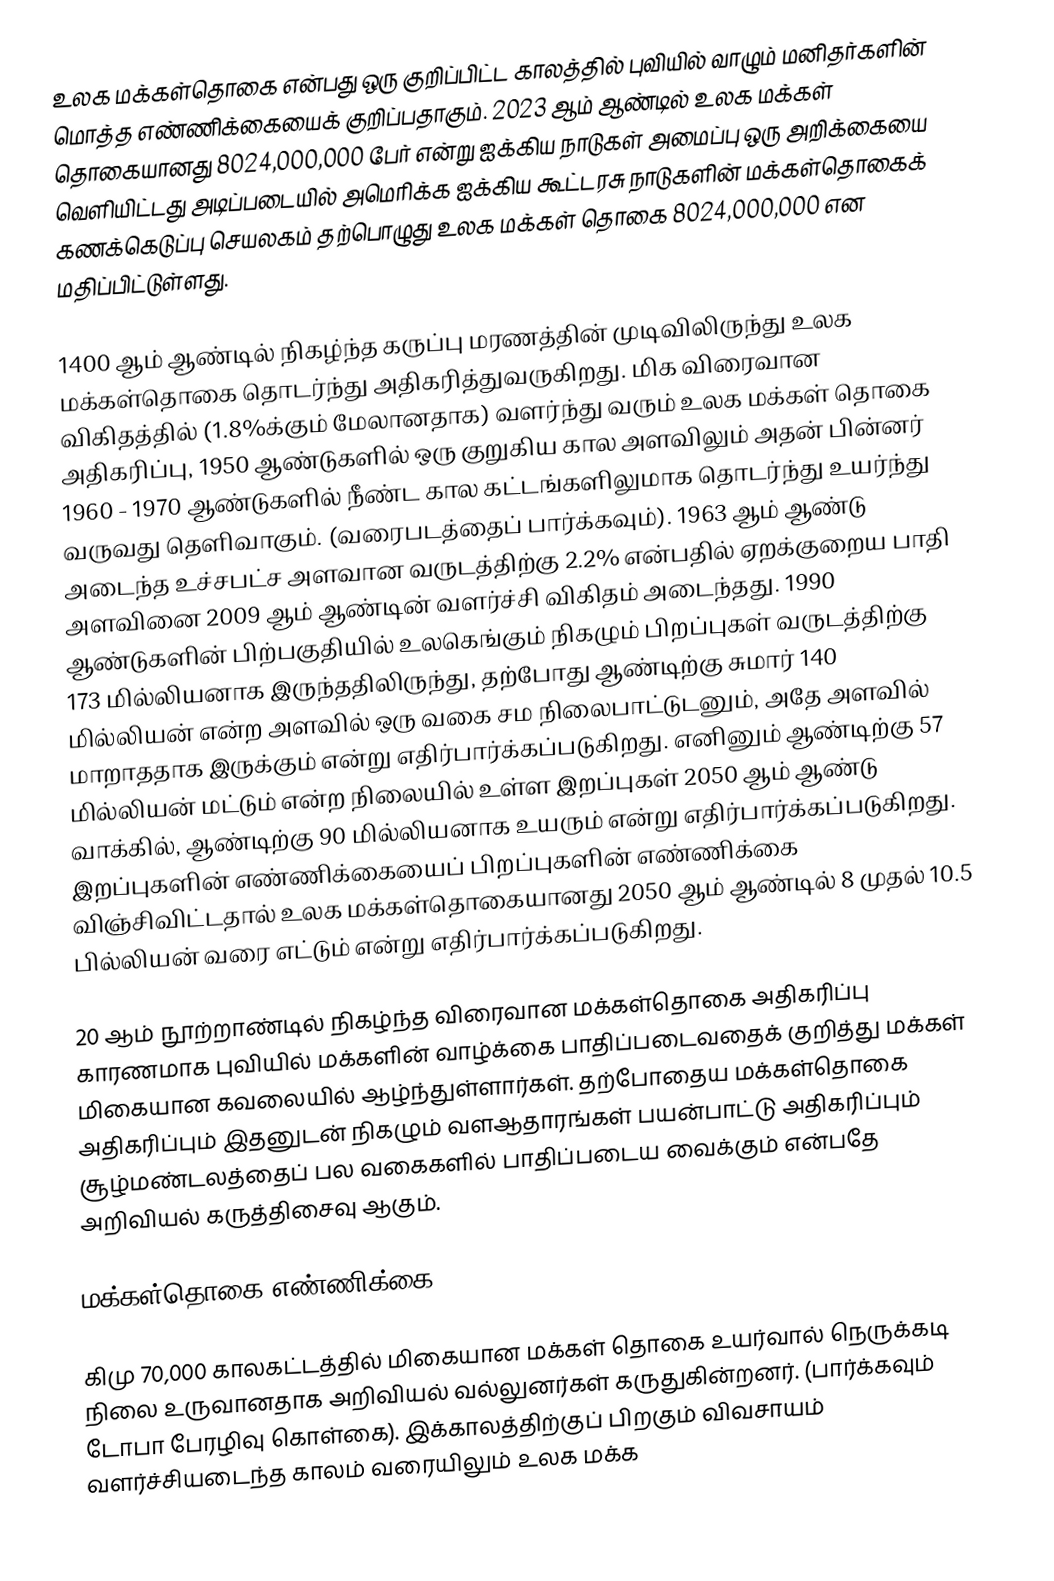
உலக மக்கள்தொகை என்பது ஒரு குறிப்பிட்ட காலத்தில் புவியில் வாழும் மனிதர்களின் மொத்த எண்ணிக்கையைக் குறிப்பதாகும். 2023 ஆம் ஆண்டில் உலக மக்கள் தொகையானது 8024,000,000 பேர் என்று ஐக்கிய நாடுகள் அமைப்பு ஒரு அறிக்கையை வெளியிட்டது அடிப்படையில் அமெரிக்க ஐக்கிய கூட்டரசு நாடுகளின் மக்கள்தொகைக் கணக்கெடுப்பு செயலகம் தற்பொழுது உலக மக்கள் தொகை 8024,000,000 என மதிப்பிட்டுள்ளது.

1400 ஆம் ஆண்டில் நிகழ்ந்த கருப்பு மரணத்தின் முடிவிலிருந்து உலக மக்கள்தொகை தொடர்ந்து அதிகரித்துவருகிறது. மிக விரைவான விகிதத்தில் (1.8%க்கும் மேலானதாக) வளர்ந்து வரும் உலக மக்கள் தொகை அதிகரிப்பு, 1950 ஆண்டுகளில் ஒரு குறுகிய கால அளவிலும் அதன் பின்னர் 1960 - 1970 ஆண்டுகளில் நீண்ட கால கட்டங்களிலுமாக தொடர்ந்து உயர்ந்து வருவது தெளிவாகும். (வரைபடத்தைப் பார்க்கவும்). 1963 ஆம் ஆண்டு அடைந்த உச்சபட்ச அளவான வருடத்திற்கு 2.2% என்பதில் ஏறக்குறைய பாதி அளவினை 2009 ஆம் ஆண்டின் வளர்ச்சி விகிதம் அடைந்தது. 1990 ஆண்டுகளின் பிற்பகுதியில் உலகெங்கும் நிகழும் பிறப்புகள் வருடத்திற்கு 173 மில்லியனாக இருந்ததிலிருந்து, தற்போது ஆண்டிற்கு சுமார் 140 மில்லியன் என்ற அளவில் ஒரு வகை சம நிலைபாட்டுடனும், அதே அளவில் மாறாததாக இருக்கும் என்று எதிர்பார்க்கப்படுகிறது. எனினும் ஆண்டிற்கு 57 மில்லியன் மட்டும் என்ற நிலையில் உள்ள இறப்புகள் 2050 ஆம் ஆண்டு வாக்கில், ஆண்டிற்கு 90 மில்லியனாக உயரும் என்று எதிர்பார்க்கப்படுகிறது. இறப்புகளின் எண்ணிக்கையைப் பிறப்புகளின் எண்ணிக்கை விஞ்சிவிட்டதால் உலக மக்கள்தொகையானது 2050   ஆம் ஆண்டில் 8 முதல் 10.5 பில்லியன் வரை எட்டும் என்று எதிர்பார்க்கப்படுகிறது.

20 ஆம் நூற்றாண்டில் நிகழ்ந்த விரைவான மக்கள்தொகை அதிகரிப்பு காரணமாக புவியில் மக்களின் வாழ்க்கை பாதிப்படைவதைக் குறித்து மக்கள் மிகையான கவலையில் ஆழ்ந்துள்ளார்கள். தற்போதைய மக்கள்தொகை அதிகரிப்பும் இதனுடன் நிகழும் வளஆதாரங்கள் பயன்பாட்டு அதிகரிப்பும் சூழ்மண்டலத்தைப் பல வகைகளில் பாதிப்படைய வைக்கும் என்பதே அறிவியல் கருத்திசைவு ஆகும்.

மக்கள்தொகை எண்ணிக்கை

கிமு 70,000 காலகட்டத்தில் மிகையான மக்கள் தொகை உயர்வால் நெருக்கடி நிலை உருவானதாக அறிவியல் வல்லுனர்கள் கருதுகின்றனர். (பார்க்கவும் டோபா பேரழிவு கொள்கை). இக்காலத்திற்குப் பிறகும் விவசாயம் வளர்ச்சியடைந்த காலம் வரையிலும் உலக மக்க